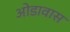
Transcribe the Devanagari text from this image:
ओडावास